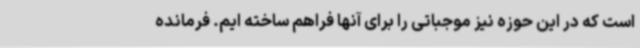
است که در این حوزه نیز موجباتی را برای آنها فراهم ساخته ایم. فرمانده